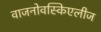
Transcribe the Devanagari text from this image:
वाजनोवस्किएलीज